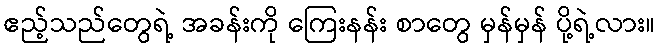
ဧည့်သည်တွေရဲ့ အခန်းကို ကြေးနန်း စာတွေ မှန်မှန် ပို့ရဲ့လား။